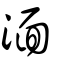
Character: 湎